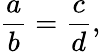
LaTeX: {\frac{a}{b}}={\frac{c}{d}},